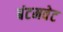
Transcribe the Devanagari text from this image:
बंटमवेट